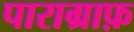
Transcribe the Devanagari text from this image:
पाराग्राफ़